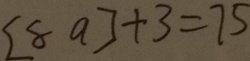
[ 8 a ] + 3 = 7 5